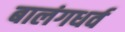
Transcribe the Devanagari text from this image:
बालंगधर्व